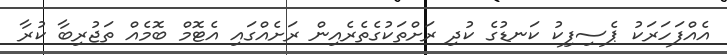
އެއްފަހަރަކު ޕެސިފިކު ކަނޑުގެ ކުދި ރަށްތަކުގެތެރެއިން ރަށެއްގައި އެޓޮމް ބޮމެއް ތަޖުރިބާ ކުރާ